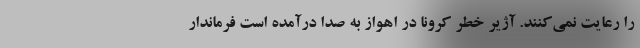
را رعایت نمی‌کنند. آژیر خطر کرونا در اهواز به صدا درآمده است فرماندار